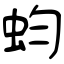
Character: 蚐